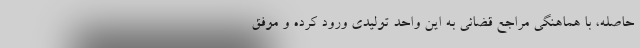
حاصله، با هماهنگی مراجع قضائی به این واحد تولیدی ورود کرده و موفق